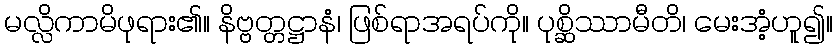
မလ္လိကာမိဖုရား၏။ နိဗ္ဗတ္တဋ္ဌာနံ၊ ဖြစ်ရာအရပ်ကို။ ပုစ္ဆိဿာမီတိ၊ မေးအံ့ဟူ၍။